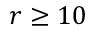
r \ge 1 0